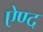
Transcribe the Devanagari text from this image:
ऐण्द